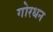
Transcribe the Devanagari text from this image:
गोरधन